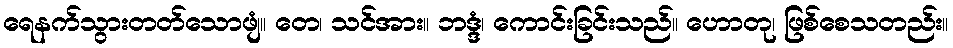
ရေနက်သွားတတ်သောဖျံ။ တေ၊ သင်အား။ ဘဒ္ဒံ၊ ကောင်းခြင်းသည်။ ဟောတု၊ ဖြစ်စေသတည်း။